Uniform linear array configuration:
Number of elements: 48
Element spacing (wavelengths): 0.75
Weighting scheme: exponential
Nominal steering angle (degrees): -60
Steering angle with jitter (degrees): -60.479
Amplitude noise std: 0.05
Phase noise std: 0.05

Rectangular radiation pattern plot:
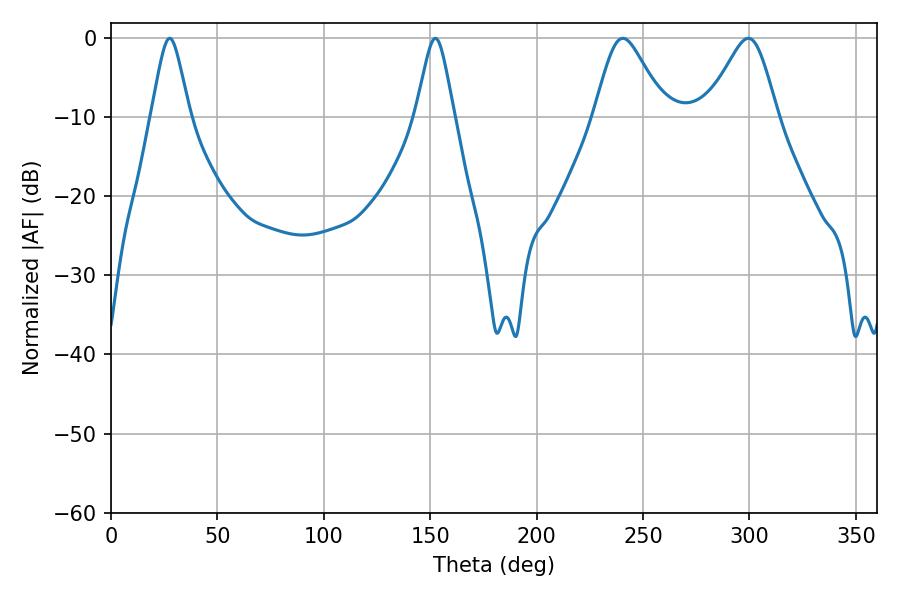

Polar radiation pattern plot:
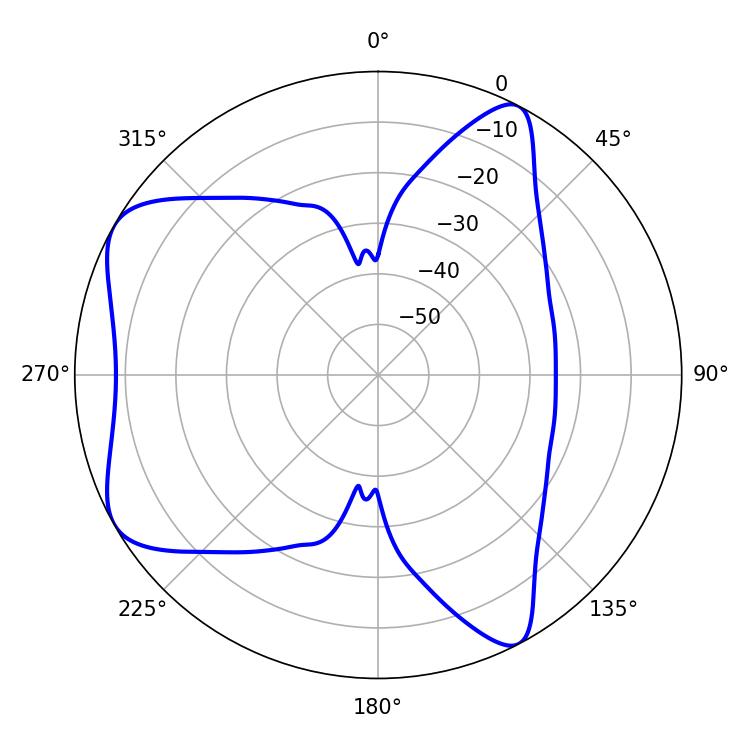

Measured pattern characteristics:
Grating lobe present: TRUE
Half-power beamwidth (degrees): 16.2
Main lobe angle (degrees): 240.48